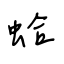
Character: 蛤